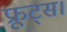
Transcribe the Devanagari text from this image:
फ्रूट्स।